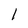
Character: 1